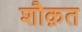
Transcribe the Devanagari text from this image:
शौक़त